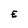
Character: E